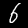
Digit: 6